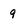
Character: 9